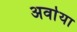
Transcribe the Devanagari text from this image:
अर्वाया